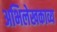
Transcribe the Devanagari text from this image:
अभिलेखकाव्य